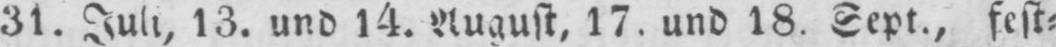
31. Juli, 13. und 14. August, 17. und 18. Sept., fest⸗